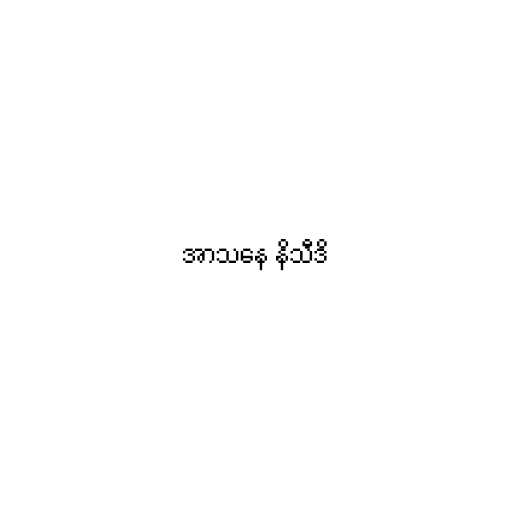
အာသနေ နိသီဒိ